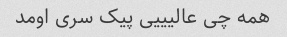
همه چی عالیییی پیک سری اومد